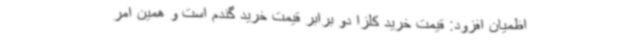
اظمیان افزود: قیمت خرید کلزا دو برابر قیمت خرید گندم است و همین امر